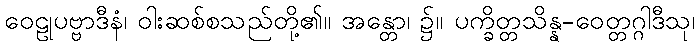
ဝေဠုပဗ္ဗာဒီနံ၊ ဝါးဆစ်စသည်တို့၏။ အန္တော၊ ၌။ ပက္ခိတ္တသိန္န-ဝေတ္တဂ္ဂါဒီသု၊